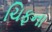
ચિફના